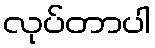
လုပ်တာပါ